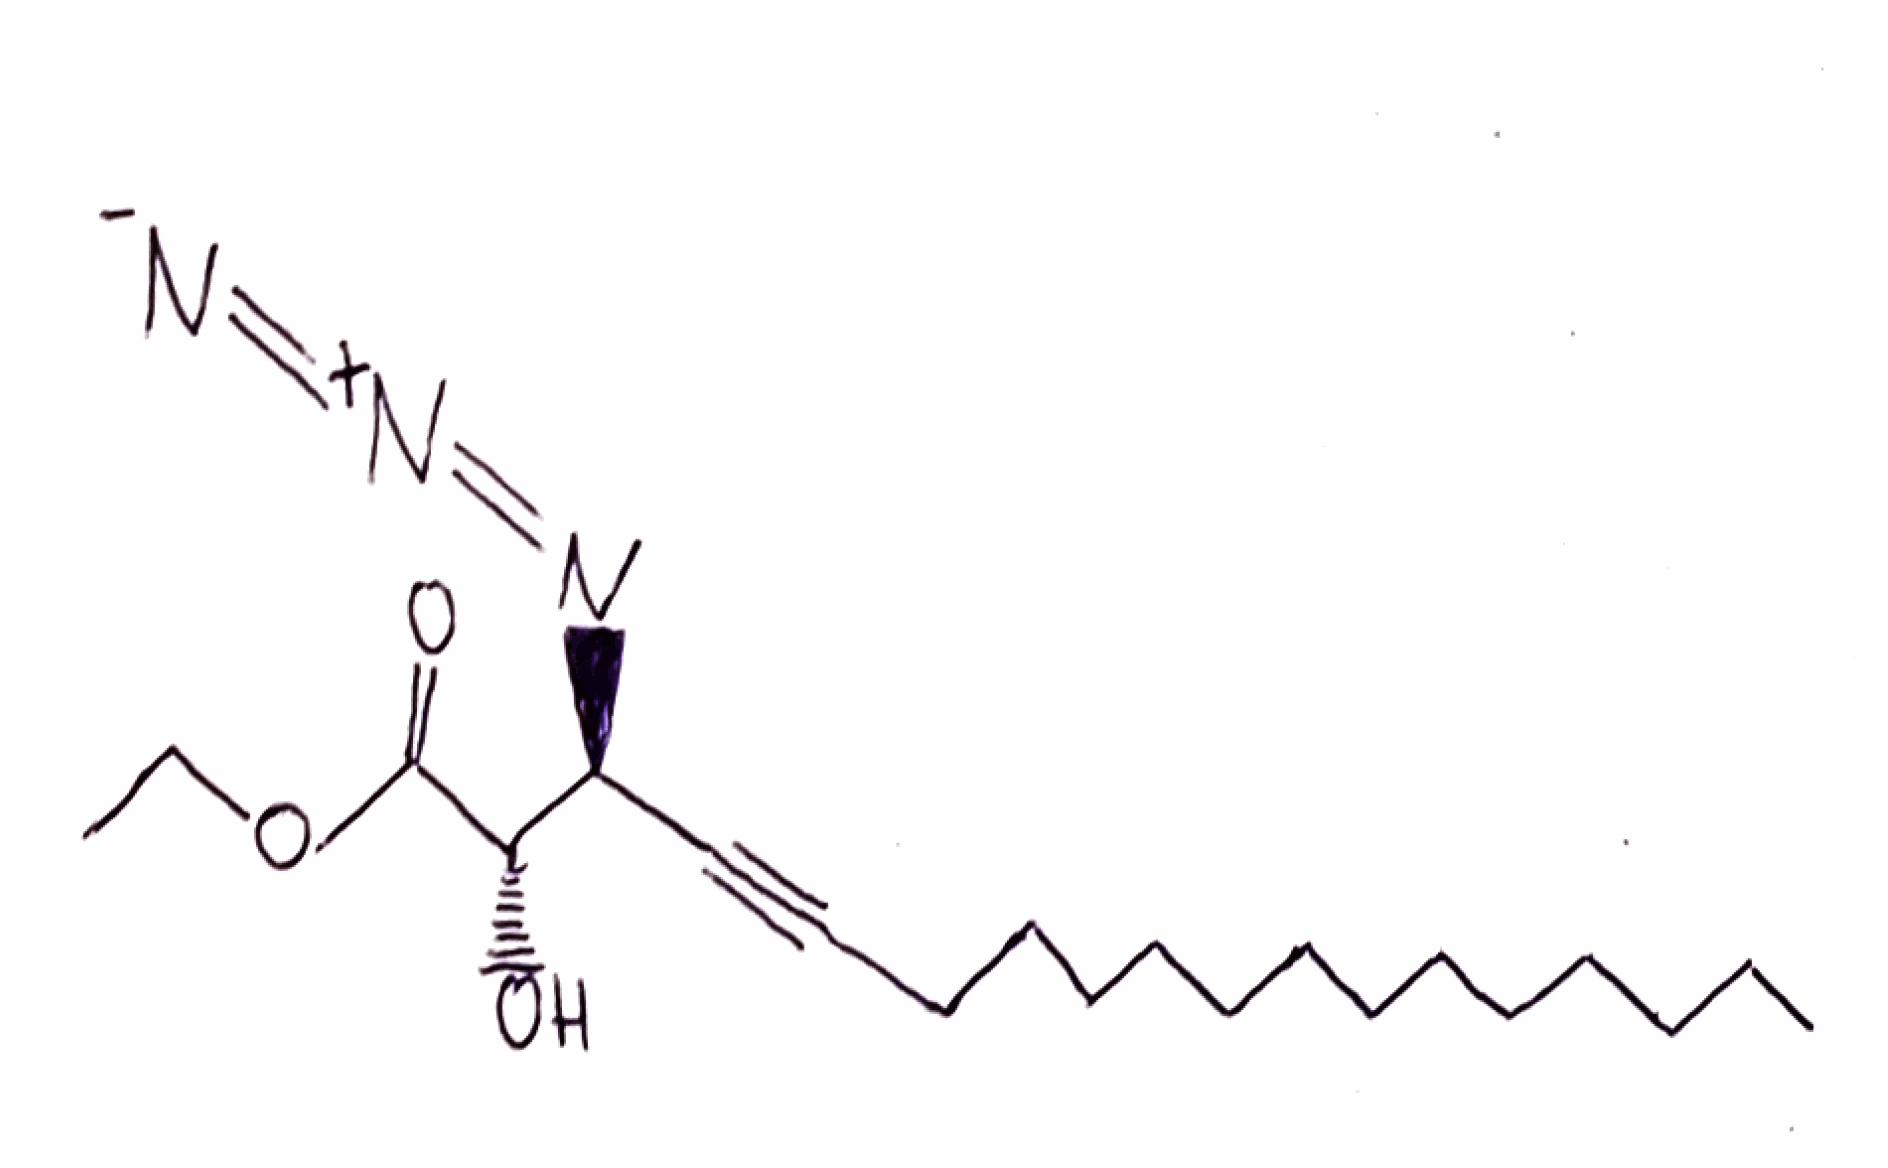
Simplified molecular-input line-entry system (SMILES) notation of the given molecule:
CCCCCCCCCCCCCC#C[C@@H]([C@@H](C(=O)OCC)O)N=[N+]=[N-]